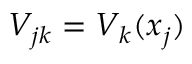
V _ { j k } = V _ { k } ( \boldsymbol { x } _ { j } )